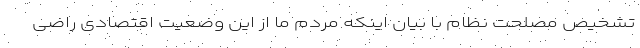
تشخیص مصلحت نظام با بیان اینکه مردم ما از این وضعیت اقتصادی راضی